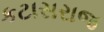
કટાસરાજ